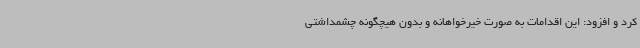
کرد و افزود: این اقدامات به صورت خیرخواهانه و بدون هیچگونه چشمداشتی